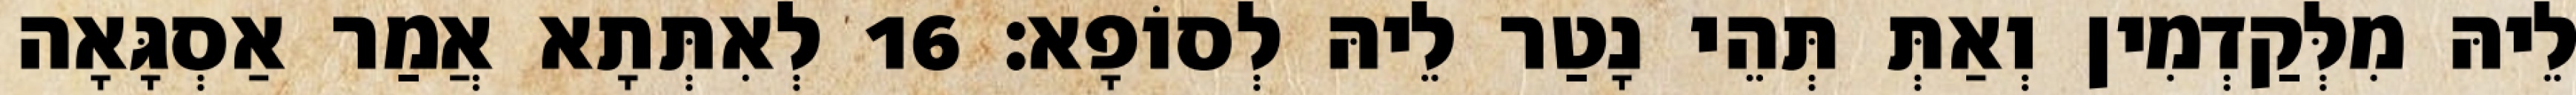
לֵיהּ מִלְּקַדְמִין וְאַתְּ תְּהֵי נָטַר לֵיהּ לְסוֹפָא׃ 16 לְאִתְּתָא אֲמַר אַסְגָּאָה